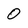
Character: O